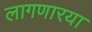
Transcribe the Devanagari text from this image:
लागणारया